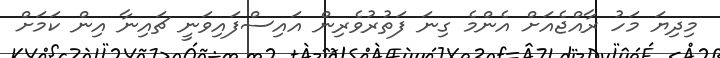
މިދިޔަ މަހު ރާއްޖެއަށް އެންމެ ގިނަ ފަތުރުވެރިން އައިސްފައިވަނީ ޗައިނާ އިން ކަމަށް